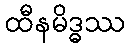
ထီနမိဒ္ဓဿ